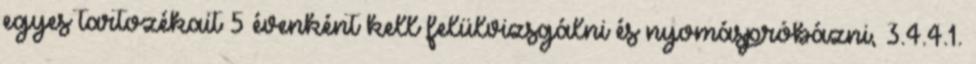
egyes tartozékait 5 évenként kell felülvizsgálni és nyomáspróbázni, 3.4.4.1.